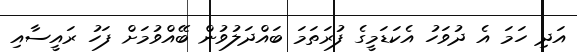
އަދި ހަމަ އެ ދުވަހު އެކަޑަމީގެ ފުރަތަމަ ބައްދަލުވުން ބޭއްވުމަށް ފަހު ރައީސާއި